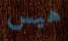
هيس